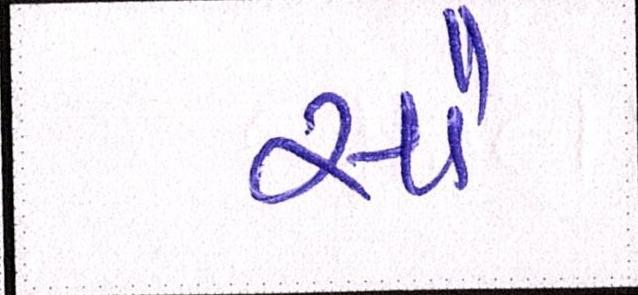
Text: સૌ